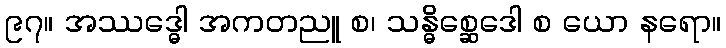
၉၇။ အဿဒ္ဓေါ အကတညူ စ၊ သန္ဓိစ္ဆေဒေါ စ ယော နရော။